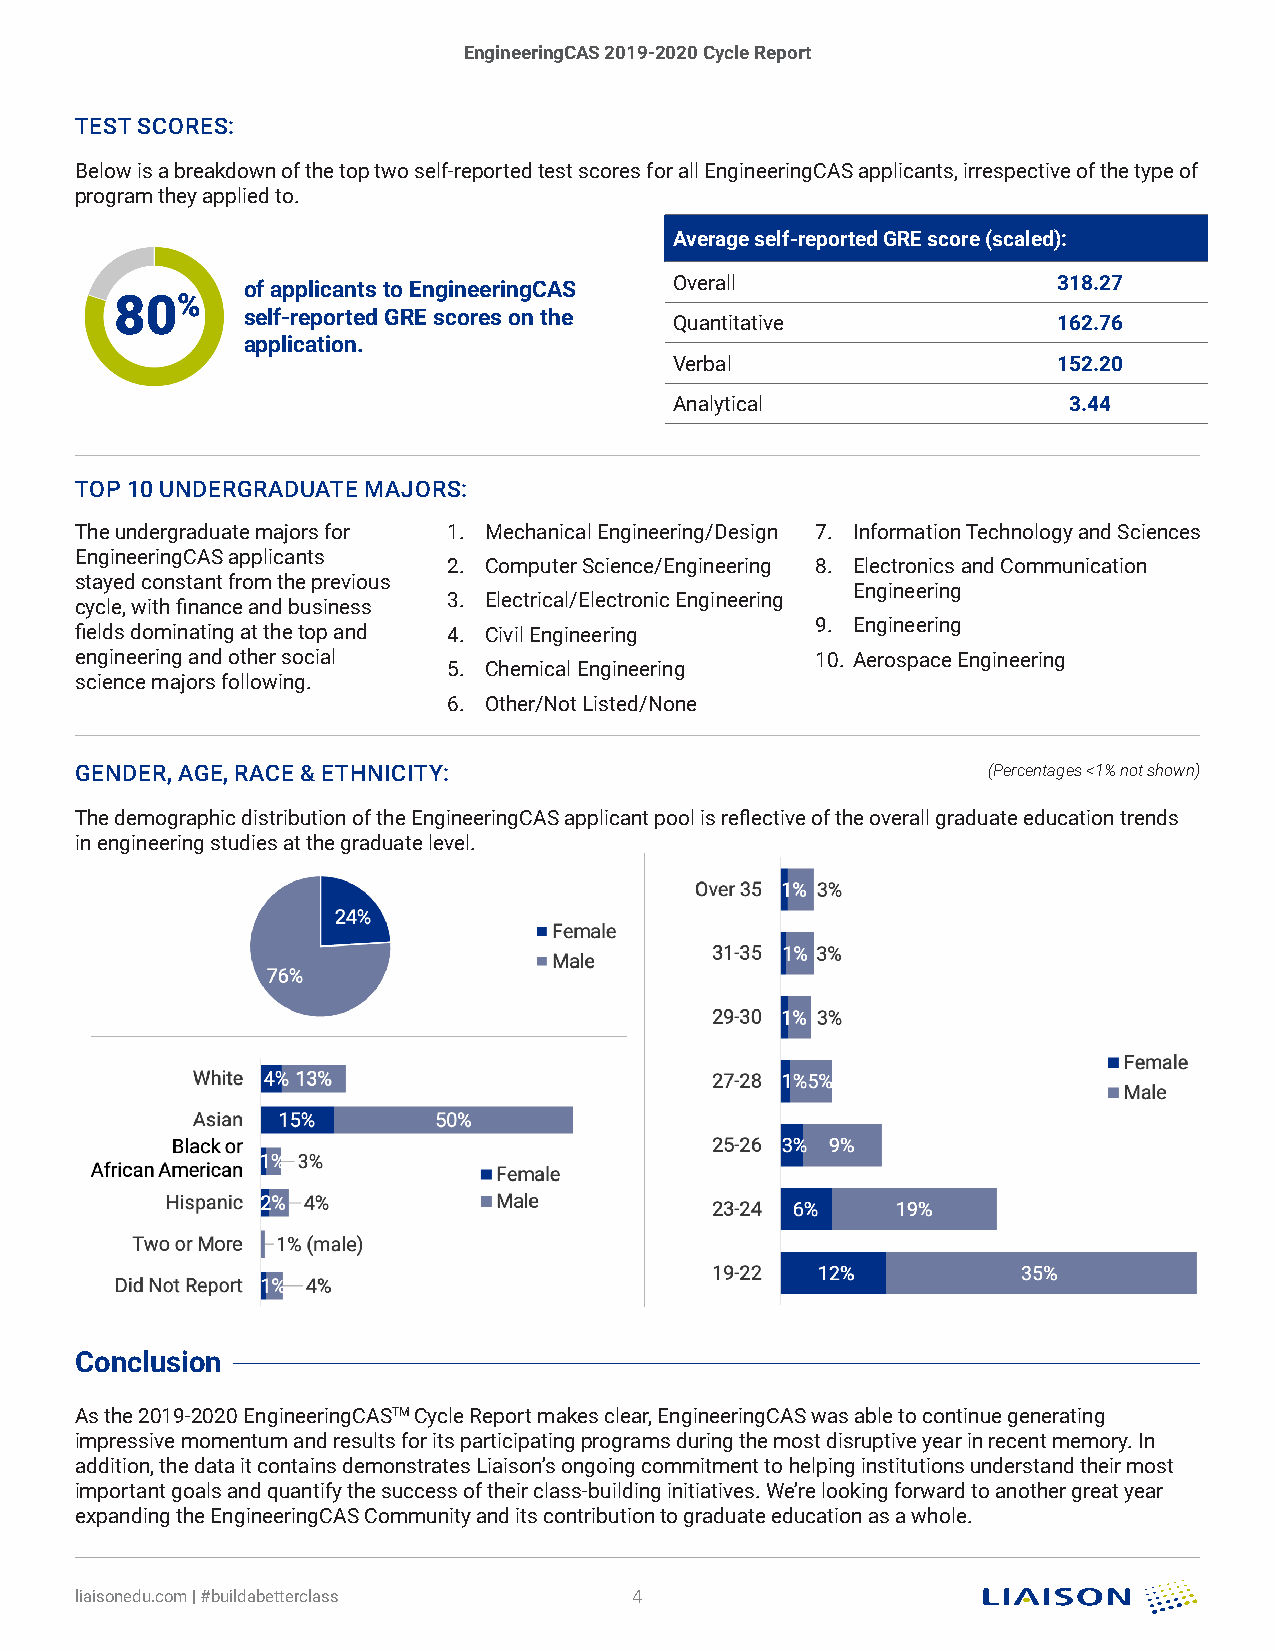
EngineeringCAS 2019-2020 Cycle Report
 TEST SCORES:
 Below is a breakdown of the top two self-reported test scores for all EngineeringCAS applicants, irrespective of the type of
 program they applied to.
 Average self-reported GRE score (scaled):
 of applicants to EngineeringCAS Overall               318.27
 80%
 self-reported GRE scores on the
 Quantitative             162.76
 application.
 Verbal                   152.20
 Analytical                3.44
 TOP 10 UNDERGRADUATE MAJORS:
 The undergraduate majors for 1. Mechanical Engineering/Design 7. Information Technology and Sciences
 EngineeringCAS applicants
 2. Computer Science/Engineering 8. Electronics and Communication
 stayed constant from the previous
 Engineering
 cycle, with finance and business 3. Electrical/Electronic Engineering
 fields dominating at the top and 4. Civil Engineering 9. Engineering
 engineering and other social                     10. Aerospace Engineering
 5. Chemical Engineering
 science majors following.
 6. Other/Not Listed/None
 GENDER, AGE, RACE & ETHNICITY:                              (Percentages <1% not shown)
 The demographic distribution of the EngineeringCAS applicant pool is reflective of the overall graduate education trends
 in engineering studies at the graduate level.
 Conclusion
 As the 2019-2020 EngineeringCASTM Cycle Report makes clear, EngineeringCAS was able to continue generating
 impressive momentum and results for its participating programs during the most disruptive year in recent memory. In
 addition, the data it contains demonstrates Liaison’s ongoing commitment to helping institutions understand their most
 important goals and quantify the success of their class-building initiatives. We’re looking forward to another great year
 expanding the EngineeringCAS Community and its contribution to graduate education as a whole.
 liaisonedu.com | #buildabetterclass  4